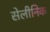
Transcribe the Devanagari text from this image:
सेलीनिक